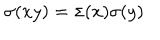
\sigma ( x y ) = \sigma ( x ) \sigma ( y )